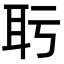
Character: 𬚒